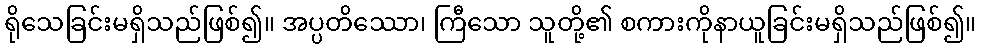
ရိုသေခြင်းမရှိသည်ဖြစ်၍။ အပ္ပတိဿော၊ ကြီသော သူတို့၏ စကားကိုနာယူခြင်းမရှိသည်ဖြစ်၍။